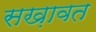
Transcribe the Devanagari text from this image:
सख़ावत